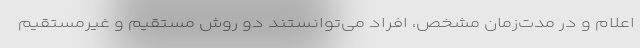
اعلام و در مدت‌زمان مشخص، افراد می‌توانستند دو روش مستقیم و غیرمستقیم